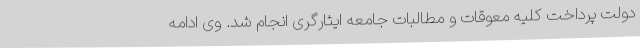
دولت پرداخت کلیه معوقات و مطالبات جامعه ایثارگری انجام شد. وی ادامه